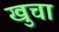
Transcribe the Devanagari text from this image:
खुचा